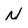
Character: N